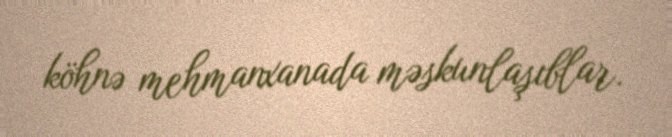
köhnə mehmanxanada məskunlaşıblar.